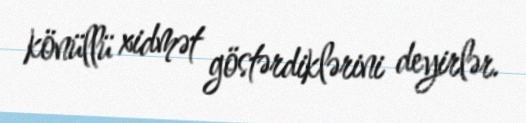
könüllü xidmət göstərdiklərini deyirlər.